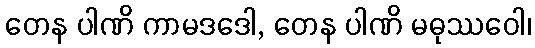
တေန ပါဏိ ကာမဒဒေါ, တေန ပါဏိ မဓုဿဝေါ၊